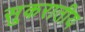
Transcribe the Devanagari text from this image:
सुकरातीय